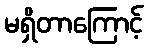
မရှိတာကြောင့်